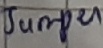
Text: Jumper